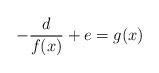
LaTeX: \begin{align*}-\frac{d}{f(x)}+e=g(x)\end{align*}